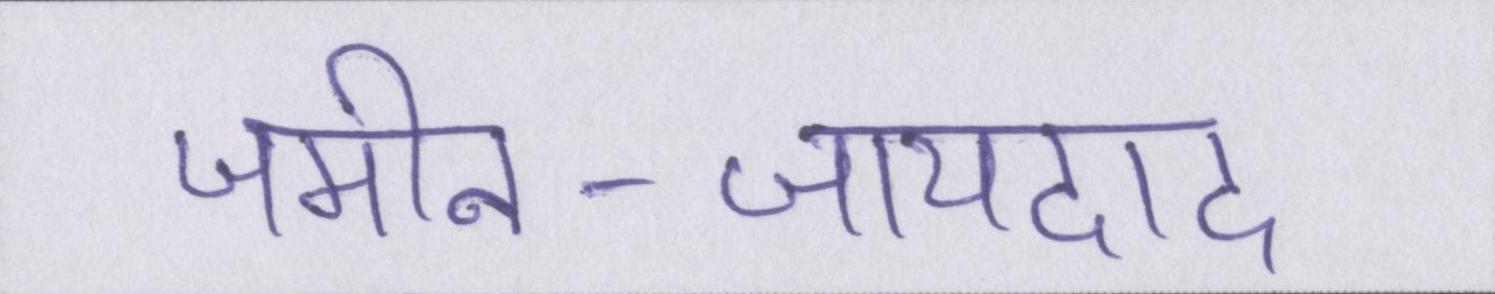
जमीन-जायदाद